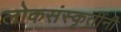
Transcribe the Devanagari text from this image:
लोकसंस्कृतींनी